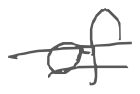
Text: of
Cross-out: double-line
Writing tool: digital_gray